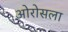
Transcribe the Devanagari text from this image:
ओरोसला